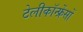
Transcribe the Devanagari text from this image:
टेलीकॉन्फ्रेंसों